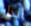
انذار